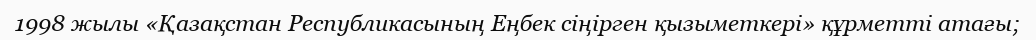
1998 жылы «Қазақстан Республикасының Еңбек сіңірген қызыметкері» құрметті атағы;